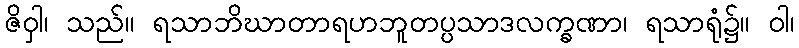
ဇိဝှါ၊ သည်။ ရသာဘိဃာတာရဟဘူတပ္ပသာဒလက္ခဏာ၊ ရသာရုံ၌။ ဝါ၊